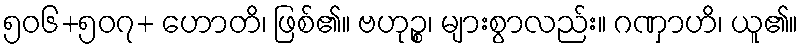
၅၀၆+၅၀၇+ ဟောတိ၊ ဖြစ်၏။ ဗဟုဉ္စ၊ များစွာလည်း။ ဂဏှာဟိ၊ ယူ၏။